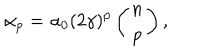
\alpha _ { p } = \alpha _ { 0 } ( 2 \gamma ) ^ { p } \left( \begin{array} { c } { { n } } \\ { { p } } \\ \end{array} \right) ,